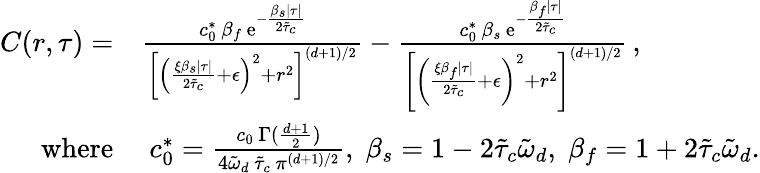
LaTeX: \begin{array}{rl}{C(r,\tau)=}&{\frac{c_{0}^{\ast}\, \beta_{f}\, \mathrm{e}^{-\frac{\beta_{s}\lvert\tau\rvert}{2\tilde{\tau}_{c}}}}{\left[\left(\frac{\xi\beta_{s}\lvert\tau\rvert}{2\tilde{\tau}_{c}}+\epsilon\right)^{2}+r^{2}\right]^{(d+1)/2}}-\frac{c_{0}^{\ast}\, \beta_{s}\, \mathrm{e}^{-\frac{\beta_{f}\lvert\tau\rvert}{2\tilde{\tau}_{c}}}}{\left[\left(\frac{\xi\beta_{f}\lvert\tau\rvert}{2\tilde{\tau}_{c}}+\epsilon\right)^{2}+r^{2}\right]^{(d+1)/2}}\, ,}\\ {\mathrm{where}}&{\; c_{0}^{\ast}=\frac{c_{0}\, \Gamma(\frac{d+1}{2})}{4\tilde{\omega}_{d}\, \tilde{\tau}_{c}\, \pi^{(d+1)/2}},\; \beta_{s}=1-2\tilde{\tau}_{c}\tilde{\omega}_{d},\; \beta_{f}=1+2\tilde{\tau}_{c}\tilde{\omega}_{d}.}\end{array}